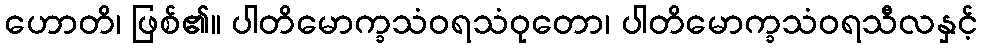
ဟောတိ၊ ဖြစ်၏။ ပါတိမောက္ခသံဝရသံဝုတော၊ ပါတိမောက္ခသံဝရသီလနှင့်